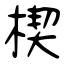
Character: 楔